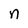
Character: n